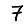
Digit: 7